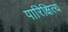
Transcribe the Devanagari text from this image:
पारिक्षित्य